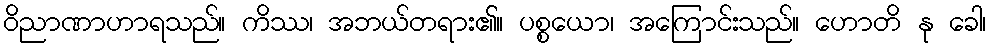
ဝိညာဏာဟာရသည်။ ကိဿ၊ အဘယ်တရား၏။ ပစ္စယော၊ အကြောင်းသည်။ ဟောတိ နု ခေါ၊